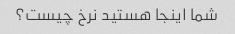
شما اینجا هستید نرخ چیست؟